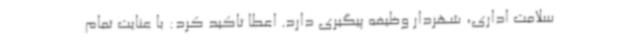
سلامت اداری، شهردار وظیفه پیگیری دارد. اعطا تاکید کرد: با عنایت تمام